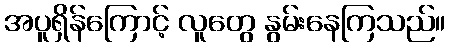
အပူရှိန်ကြောင့် လူတွေ နွမ်းနေကြသည်။